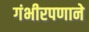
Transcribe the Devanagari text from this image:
गंभीरपणाने